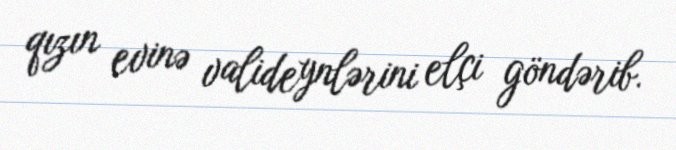
qızın evinə valideynlərini elçi göndərib.